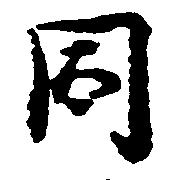
同